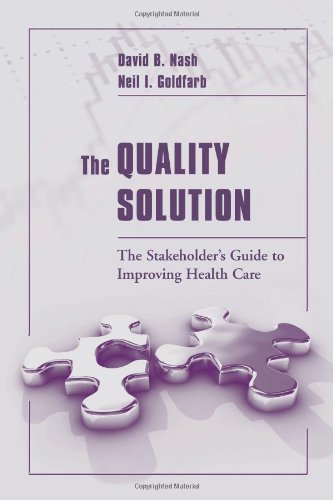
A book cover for The Quality Solution: The Stakeholder's Guide to Improving Health Care; David B. Nash; Medical Books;